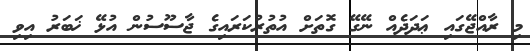
މި ރާއްޖޭގައި ޢަދަދެއް ނޭގޭ ގޮތަށް އުތުރުކަރައިގެ ޖާސޫސުން އުޅޭ ޚަބަރު އިވި